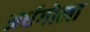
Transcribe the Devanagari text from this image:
अर्धगोला